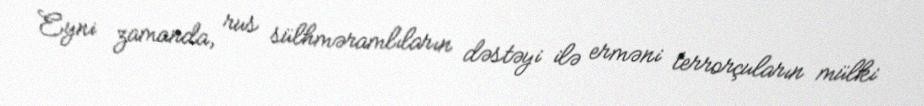
Eyni zamanda, rus sülhməramlıların dəstəyi ilə erməni terrorçuların mülki